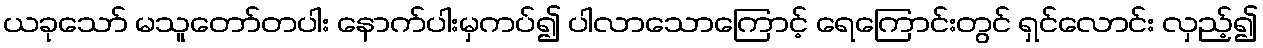
ယခုသော် မသူတော်တပါး နောက်ပါးမှကပ်၍ ပါလာသောကြောင့် ရေကြောင်းတွင် ရှင်လောင်း လှည့်၍